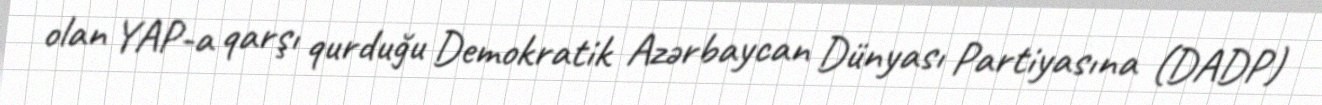
olan YAP-a qarşı qurduğu Demokratik Azərbaycan Dünyası Partiyasına (DADP)